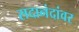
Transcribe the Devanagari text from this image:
सदानंदांवर